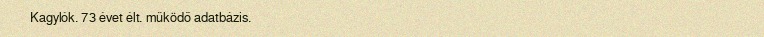
Kagylók. 73 évet élt. működő adatbázis.